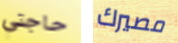
حاجتي مصيرك